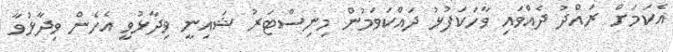
އެކަމަށް ރައްދު ދެއްވައި ވާހަކަފުޅު ދައްކަވަމުން މިނިސްޓަރު ޝައިނީ ވިދާޅުވީ އެހެން ވިދާޅުވާ